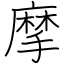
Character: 摩